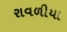
રાવળીયા